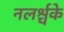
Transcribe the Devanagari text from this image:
नलर्श्चके